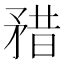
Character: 矠